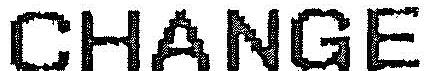
CHANGE